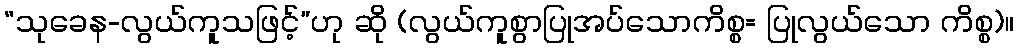
“သုခေန-လွယ်ကူသဖြင့်”ဟု ဆို (လွယ်ကူစွာပြုအပ်သောကိစ္စ= ပြုလွယ်သော ကိစ္စ)။